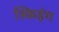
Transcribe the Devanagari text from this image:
स्किइंग